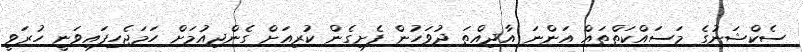
ސެކްޝަނުގެ މަސައްކަތްތައް އަންނަ އާދިއްތަ ދުވަހުން ފެށިގެން ކުރިއަށް ގެންދިއުމަށް ހަމަޖެހިފައިވަނީ ހުރަވީ